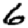
Digit: 6